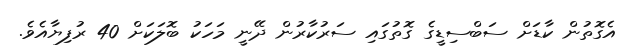
އެގޮތުން ކާޑަށް ސަބްސިޑީގެ ގޮތުގައި ސަރުކާރުން ދޭނީ މަހަކު ބޮލަކަށް 40 ރުފިޔާއެވެ.